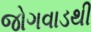
જોગવાડથી